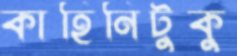
কাহিনিটুকু